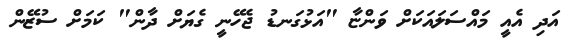
އަދި އެއީ މައްސަލައަކަށް ވަންޏާ "އަޅުގަނޑު ޖެހޭނީ ގެޔަށް ދާން" ކަމަށް ސުޒޭން